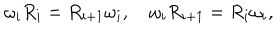
LaTeX: \omega _ { i } R _ { i } = R _ { i + 1 } \omega _ { i } , \quad \omega _ { i } R _ { i + 1 } = R _ { i } \omega _ { i } ,